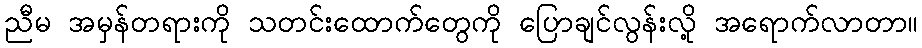
ညီမ အမှန်တရားကို သတင်းထောက်တွေကို ပြောချင်လွန်းလို့ အရောက်လာတာ။